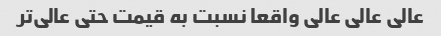
عالی عالی عالی واقعا نسبت به قیمت حتی عالی‌تر